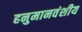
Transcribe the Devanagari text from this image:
हनुमानवंशीय